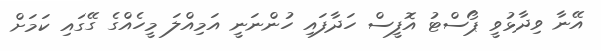
އޭނާ ވިދާޅުވީ ޕޯސްޓު އޮފީސް ހަދާފައި ހުންނަނީ އަމިއްލަ މީހެއްގެ ގޭގައި ކަމަށް